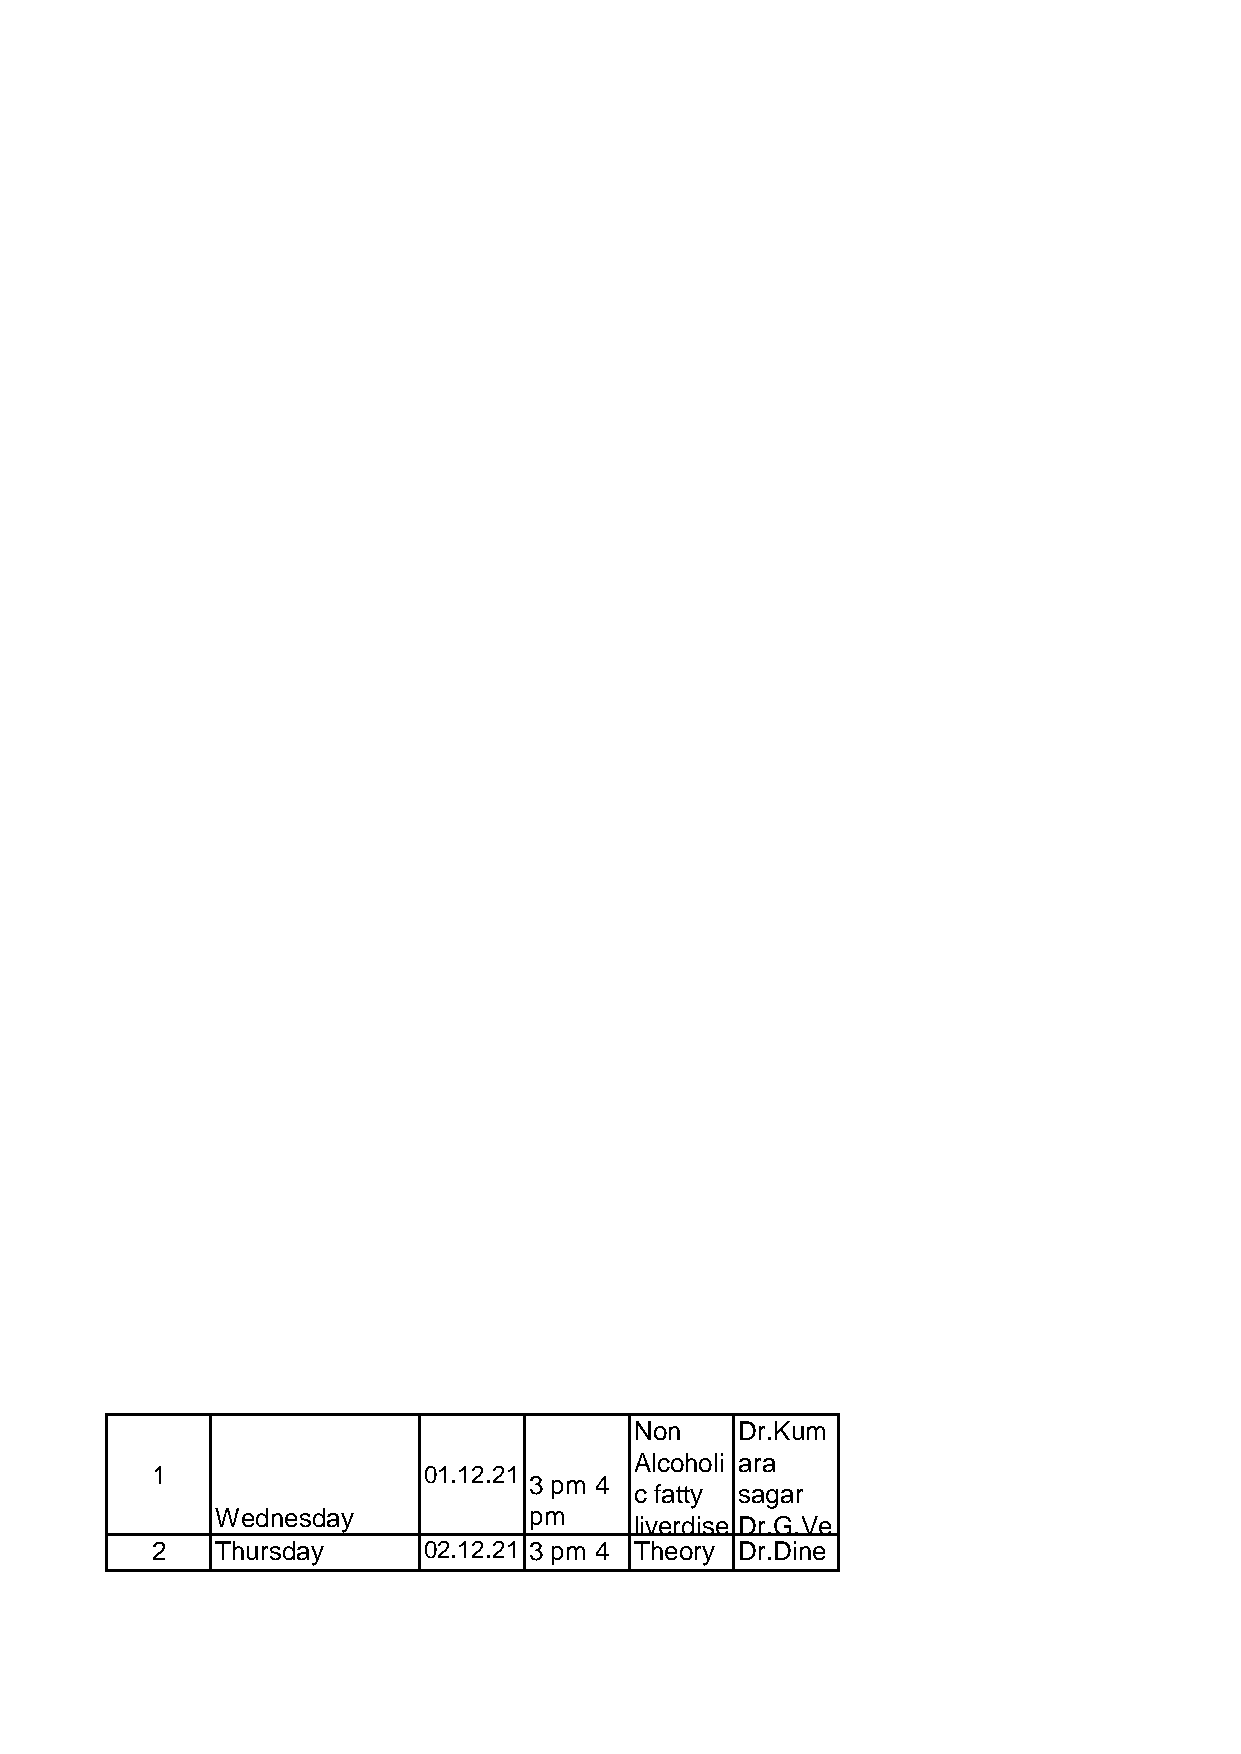
Non    Dr.Kum
 Alcoholi ara
 1                 01.12.21
 3 pm 4
 c fatty sagar
 Wednesday            pm
 liverdise Dr.G.Ve
 2   Thursday      02.12.21 3 pm 4 Theory Dr.Dine
 pm     class  sh